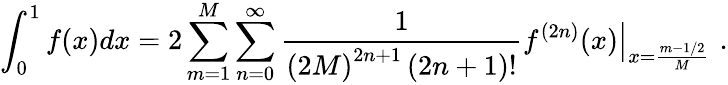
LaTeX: \int_{0}^{1}{f(x)dx}=2\sum_{m=1}^{M}{\sum_{n=0}^{\infty}{{\frac{1}{{{\left({2M}\right)}^{2n+1}}\left({2n+1}\right)!}}{{\left.{{f^{(2n)}}(x)}\right|}_{x={\frac{m-1/2}{M}}}}}}\, \, .